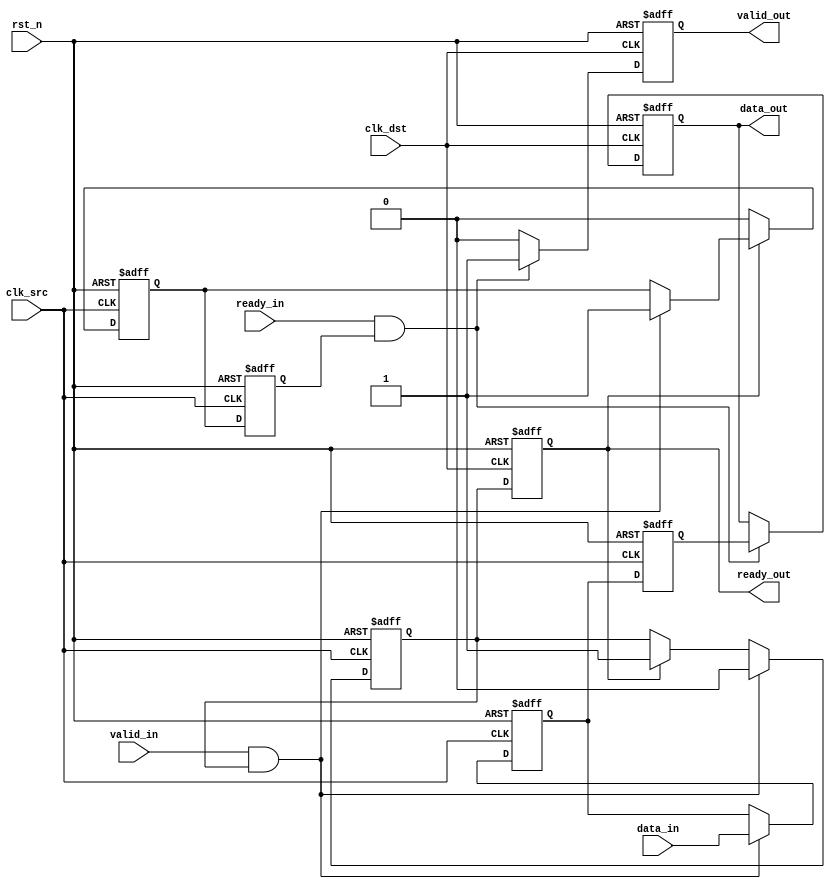
module MemoryBlocksPipelineSynchronizer #(
    parameter DATA_WIDTH = 8,       // Width of the data bus
    parameter PIPELINE_STAGES = 2    // Number of pipeline stages
)(
    input wire clk_src,              // Source clock
    input wire clk_dst,              // Destination clock
    input wire rst_n,                // Active low reset
    input wire [DATA_WIDTH-1:0] data_in, // Data input from source clock domain
    input wire valid_in,             // Valid signal from source clock domain
    output reg [DATA_WIDTH-1:0] data_out, // Synchronized data output to destination clock domain
    output reg valid_out,            // Valid signal for destination clock domain
    input wire ready_in,             // Ready signal from destination clock domain
    output reg ready_out             // Ready signal for source clock domain
);

    // Internal signals
    reg [DATA_WIDTH-1:0] data_reg [0:PIPELINE_STAGES-1]; // Pipeline registers
    reg valid_reg [0:PIPELINE_STAGES-1]; // Valid signal registers

    // Handshaking control signals
    reg ready_signal; // Internal ready signal for handshaking

    // Asynchronous reset logic
    integer i;
    always @(posedge clk_dst or negedge rst_n) begin
        if (!rst_n) begin
            data_out <= 0;
            valid_out <= 0;
            ready_out <= 1; // Assume ready at reset
        end else begin
            // Synchronized Data Transfer
            if (ready_in && valid_reg[PIPELINE_STAGES-1]) begin
                data_out <= data_reg[PIPELINE_STAGES-1]; // Transfer final data
                valid_out <= 1; // Indicate that the data is valid
            end else begin
                valid_out <= 0; // Clear valid if not ready
            end

            // Ready signal logic
            ready_out <= ready_signal;
        end
    end

    // Pipeline Synchronization Logic
    always @(posedge clk_src or negedge rst_n) begin
        if (!rst_n) begin
            ready_signal <= 1; // Assume ready at reset
            for (i = 0; i < PIPELINE_STAGES; i = i + 1) begin
                data_reg[i] <= 0;
                valid_reg[i] <= 0;
            end
        end else begin
            // Handshake Control
            if (valid_in && ready_signal) begin
                data_reg[0] <= data_in; // Capture incoming data
                valid_reg[0] <= 1; // Mark data as valid
                ready_signal <= 0; // Signal not ready until processed
            end else if (ready_out) begin
                ready_signal <= 1; // Set ready signal if destination is ready
            end

            // Propagate valid signal through the pipeline
            for (i = 1; i < PIPELINE_STAGES; i = i + 1) begin
                valid_reg[i] <= valid_reg[i-1]; // Shift valid signal
                data_reg[i] <= data_reg[i-1];   // Shift data
            end
            
            // Clear the first stage valid signal if not ready
            if (!ready_out) begin
                valid_reg[0] <= 0; // Clear valid if not ready to receive
            end
        end
    end

endmodule